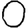
Digit: 0